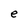
Character: e